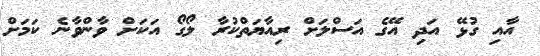
އާއި ގުޅޭ އަދި އޭގެ އަސްލަށް ރިއާޔަތްކުރާ ލޯގޯ އަކަށް ވާންވާނެ ކަަމަށް